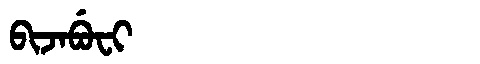
Manchu: ᠪᡳᠵᠠᠪᡠᠸᡳ
Romanization: BIJABUFI